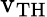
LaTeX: \textrm{v}_{\mathrm{TH}}